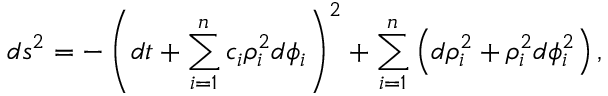
d s ^ { 2 } = - \left( d t + \sum _ { i = 1 } ^ { n } c _ { i } \rho _ { i } ^ { 2 } d \phi _ { i } \right) ^ { 2 } + \sum _ { i = 1 } ^ { n } \left( d \rho _ { i } ^ { 2 } + \rho _ { i } ^ { 2 } d \phi _ { i } ^ { 2 } \right) ,